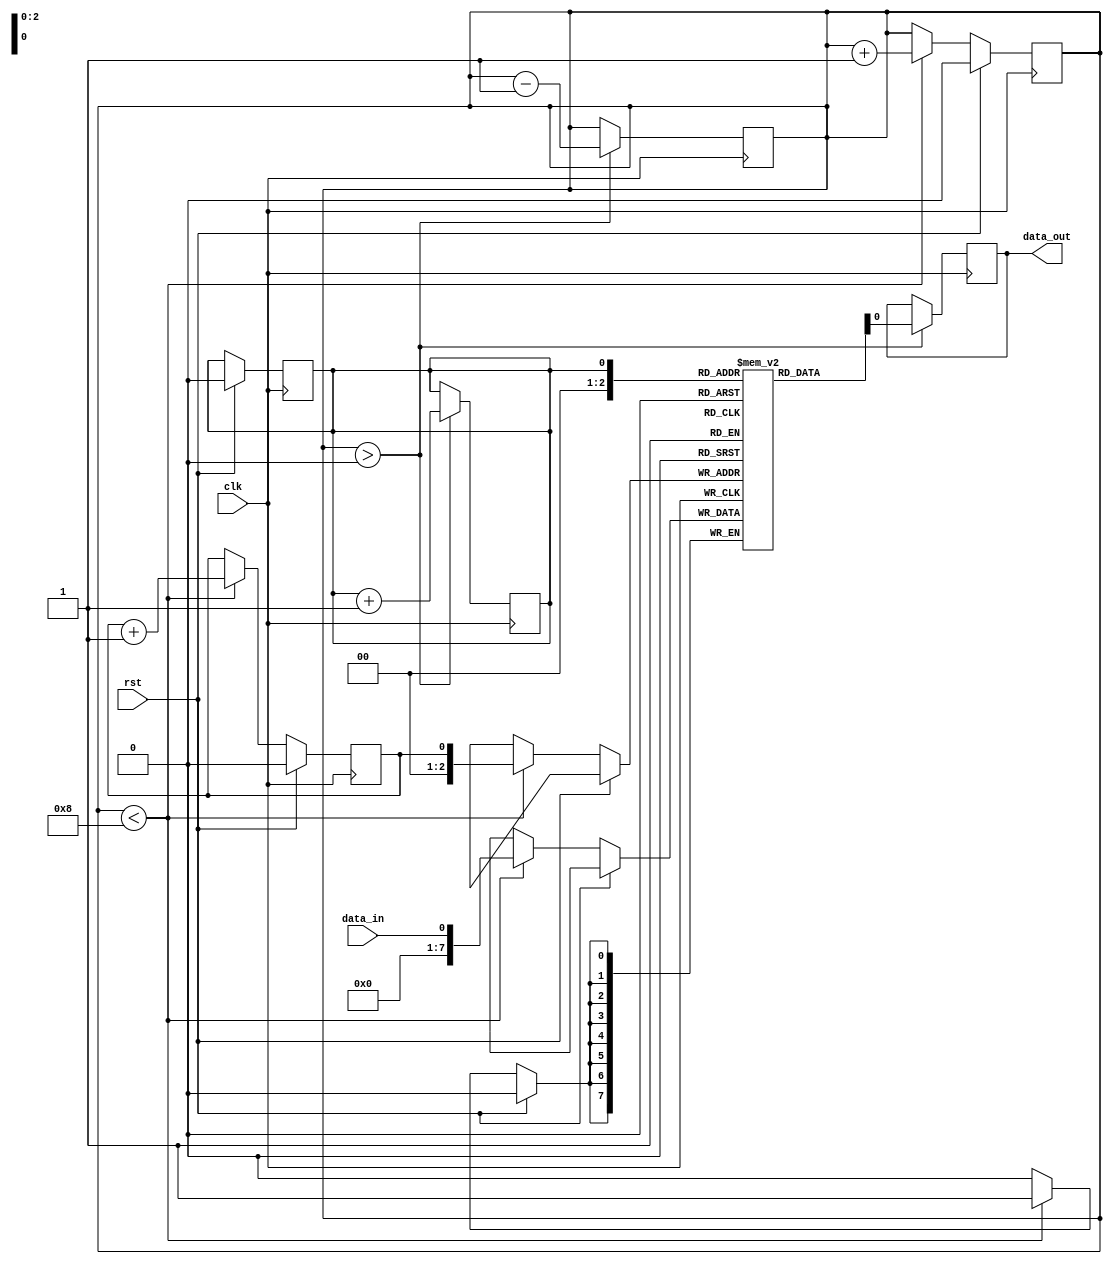
module FIFO_buffer (
    input wire clk,        // Clock signal
    input wire rst,        // Reset signal
    input wire data_in,    // Input data
    output reg data_out    // Output data
);

reg [7:0] buffer [0:7];   // FIFO buffer with 8 entries
reg head = 0;             // Head pointer
reg tail = 0;             // Tail pointer
reg count = 0;            // Number of elements in buffer

always @(posedge clk) begin
    if (rst) begin
        head <= 0;
        tail <= 0;
        count <= 0;
    end else if (count < 8) begin
        buffer[tail] <= data_in;
        tail <= tail + 1;
        count <= count + 1;
    end
end

always @(posedge clk) begin
    if (count > 0) begin
        data_out <= buffer[head];
        head <= head + 1;
        count <= count - 1;
    end
end

endmodule